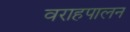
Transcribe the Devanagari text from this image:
वराहपालन